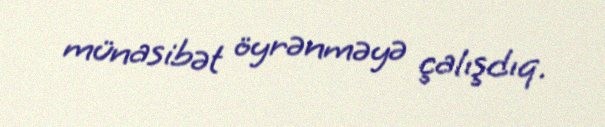
münasibət öyrənməyə çalışdıq.